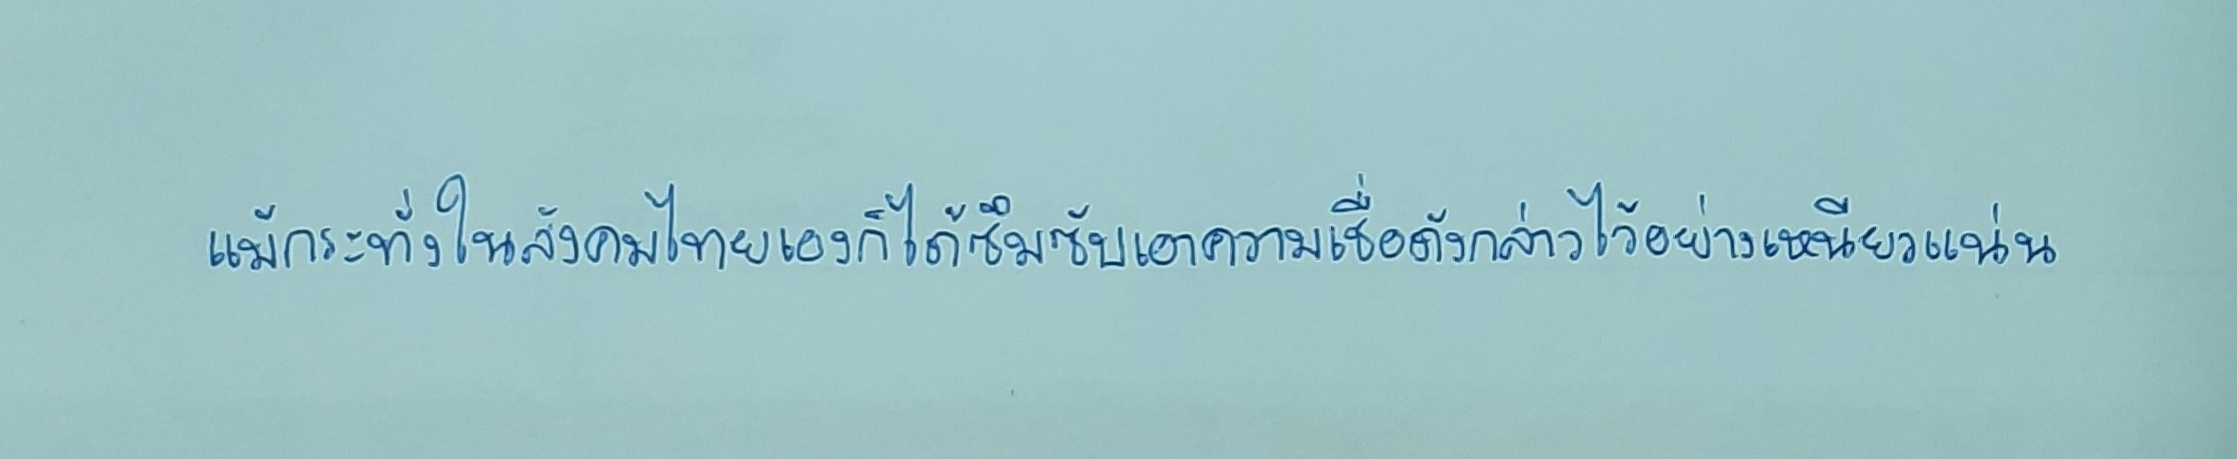
แม้กระทั่งในสังคมไทยเองก็ได้ซึมซับเอาความเชื่อดังกล่าวไว้อย่างเหนียวแน่น